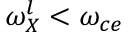
\omega _ { X } ^ { l } < \omega _ { c e }